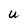
Character: U